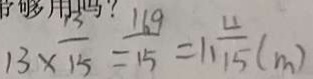
1 3 \times \frac { 1 3 } { 1 5 } = \frac { 1 6 9 } { 1 5 } = 1 1 \frac { 4 } { 1 5 } ( m )